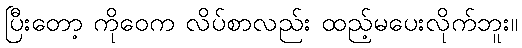
ပြီးတော့ ကိုဝေက လိပ်စာလည်း ထည့်မပေးလိုက်ဘူး။